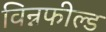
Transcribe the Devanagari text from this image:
विन्नफील्ड